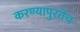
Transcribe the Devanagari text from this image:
करण्यापुरतेच